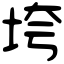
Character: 垮